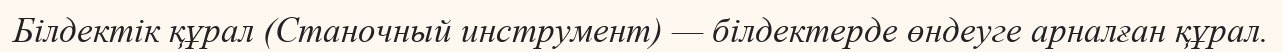
Білдектік құрал (Станочный инструмент) — білдектерде өндеуге арналған құрал.